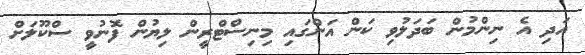
އަދި އެ ނިންމުން ބަދަލުވި ކަން އަންގައި މިނިސްޓްރީން ލިޔުން ފޮނުވީ ސްކޫލަށް